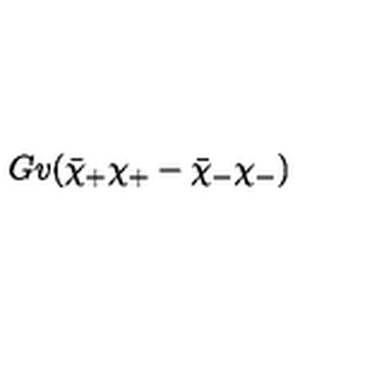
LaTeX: G v ( \bar { \chi } _ { + } \chi _ { + } - \bar { \chi } _ { - } \chi _ { - } )